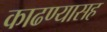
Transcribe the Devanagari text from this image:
काढण्यासह